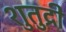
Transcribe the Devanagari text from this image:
शुतुद्री